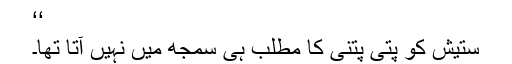
‘‘
ستیش کو پتی پتنی کا مطلب ہی سمجھ میں نہیں آتا تھا۔